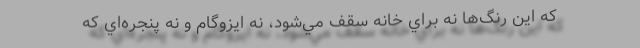
كه اين رنگ‌ها نه براي خانه سقف مي‌شود، نه ايزوگام و نه پنجره‌اي كه